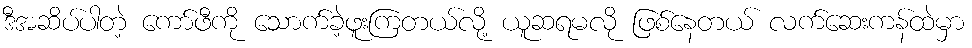
ဒီအဆိပ်ပါတဲ့ ကော်ဖီကို သောက်ခဲ့ဖူးကြတယ်လို့ ယူဆရမလို ဖြစ်နေတယ် လက်ဆေးကန်ထဲမှာ